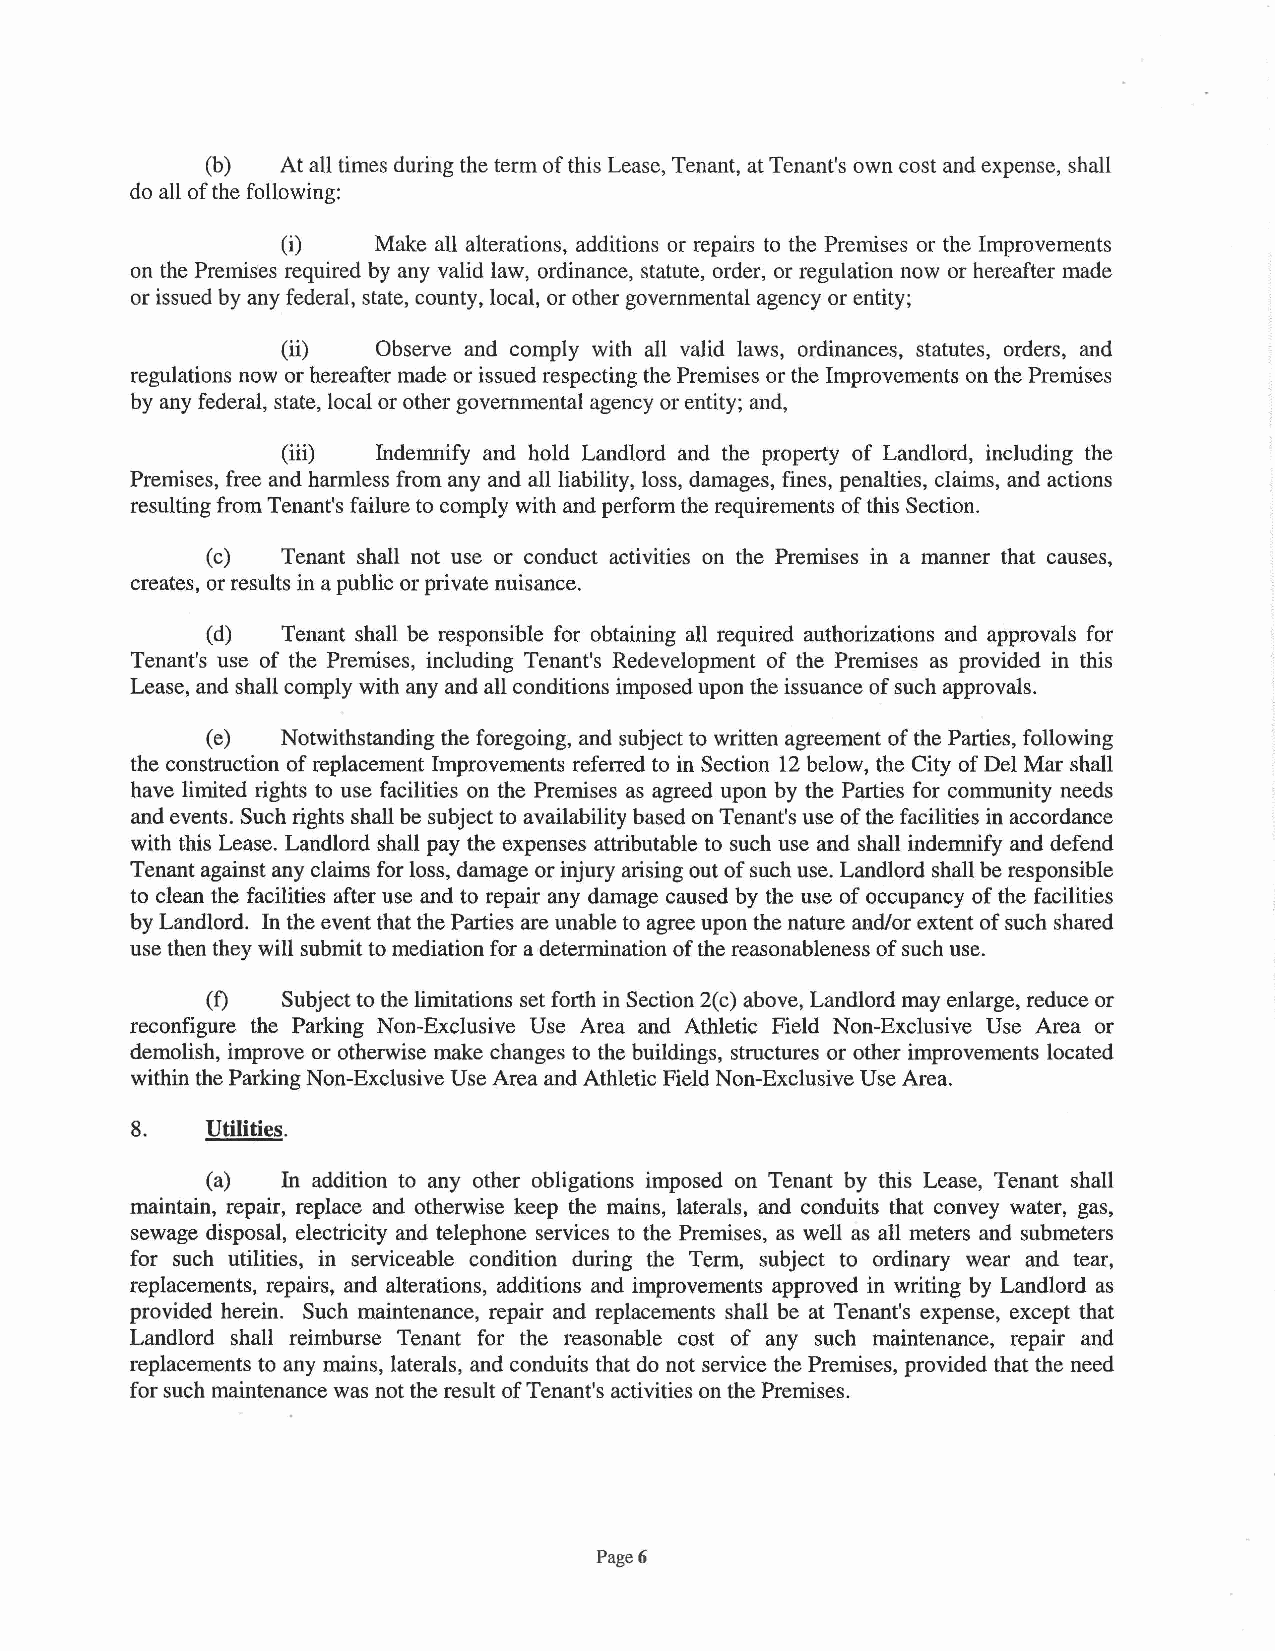
(b)  At all times during the term of this Lease, Tenant, at Tenant's own cost and expense, shall
 do all of the following:
 (i)   Make all alterations, additions or repairs to the Premises or the Improvements
 on the Premises required by any valid law, ordinance, statute, order, or regulation now or hereafter made
 or issued by any federal, state, county, local, or other governmental agency or entity;
 (ii)  Observe and comply with all valid laws, ordinances, statutes, orders, and
 regulations now or hereafter made or issued respecting the Premises or the Improvements on the Premises
 by any federal, state, local or other governmental agency or entity; and,
 (iii) Indemnify and hold Landlord and the property of Landlord, including the
 Premises, free and harmless from any and all liability, loss, damages, fines, penalties, claims, and actions
 resulting from Tenant's failure to comply with and perform the requirements of this Section.
 (c)  Tenant shall not use or conduct activities on the Premises in a manner that causes,
 creates, or results in a public or private nuisance.
 (d)  Tenant shall be responsible for obtaining all required authorizations and approvals for
 Tenant's use of the Premises, including Tenant's Redevelopment of the Premises as provided in this
 Lease, and shall comply with any and all conditions imposed upon the issuance of such approvals.
 (e)  Notwithstanding the foregoing, and subject to written agreement of the Parties, following
 the construction of replacement Improvements referred to in Section 12 below, the City of Del Mar shall
 have limited rights to use facilities on the Premises as agreed upon by the Parties for community needs
 and events. Such rights shall be subject to availability based on Tenant's use of the facilities in accordance
 with this Lease. Landlord shall pay the expenses attributable to such use and shall indemnify and defend
 Tenant against any claims for loss, damage or injury arising out of such use. Landlord shall be responsible
 to clean the facilities after use and to repair any damage caused by the use of occupancy of the facilities
 by Landlord. In the event that the Parties are unable to agree upon the nature and/or extent of such shared
 use then they will submit to mediation for a determination of the reasonableness of such use.
 (f)  Subject to the limitations set forth in Section 2(c) above, Landlord may enlarge, reduce or
 reconfigure the Parking Non-Exclusive Use Area and Athletic Field Non-Exclusive Use Area or
 demolish, improve or otherwise make changes to the buildings, structures or other improvements located
 within the Parking Non-Exclusive Use Area and Athletic Field Non-Exclusive Use Area.
 8.   Utilities.
 (a)  In addition to any other obligations imposed on Tenant by this Lease, Tenant shall
 maintain, repair, replace and otherwise keep the mains, laterals, and conduits that convey water, gas,
 sewage disposal, electricity and telephone services to the Premises, as well as all meters and submeters
 for such utilities, in serviceable condition during the Term, subject to ordinary wear and tear,
 replacements, repairs, and alterations, additions and improvements approved in writing by Landlord as
 provided herein. Such maintenance, repair and replacements shall be at Tenant's expense, except that
 Landlord shall reimburse Tenant for the reasonable cost of any such maintenance, repair and
 replacements to any mains, laterals, and conduits that do not service the Premises, provided that the need
 for such maintenance was not the result of Tenant's activities on the Premises.
 Page6